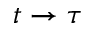
t \rightarrow \tau